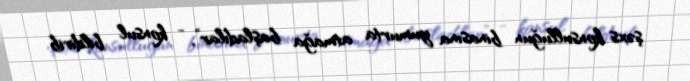
şəxs konsulluğun binasına yumurta atmağa başladılar”, - konsul bildirib.